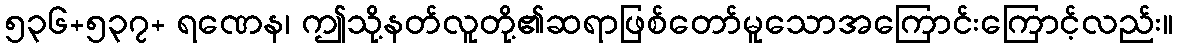
၅၃၆+၅၃၇+ ရဏေန၊ ဤသို့နတ်လူတို့၏ဆရာဖြစ်တော်မူသောအကြောင်းကြောင့်လည်း။